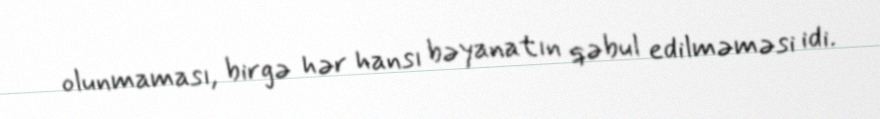
olunmaması, birgə hər hansı bəyanatın qəbul edilməməsi idi.